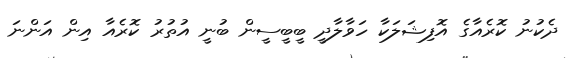
ދެކުނު ކޮރެއާގެ އޮފިޝަލަކާ ހަވާލާދީ ބީބީސީން ބުނީ އުތުރު ކޮރެއާ އިން އަންނަ